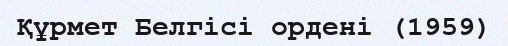
Құрмет Белгісі ордені (1959)